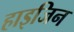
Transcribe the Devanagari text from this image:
हाइजिन